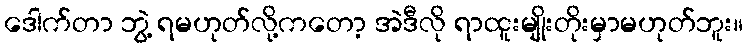
ဒေါက်တာ ဘွဲ့ ရမဟုတ်လို့ကတော့ အဲဒီလို ရာထူးမျိုးတိုးမှာမဟုတ်ဘူး။